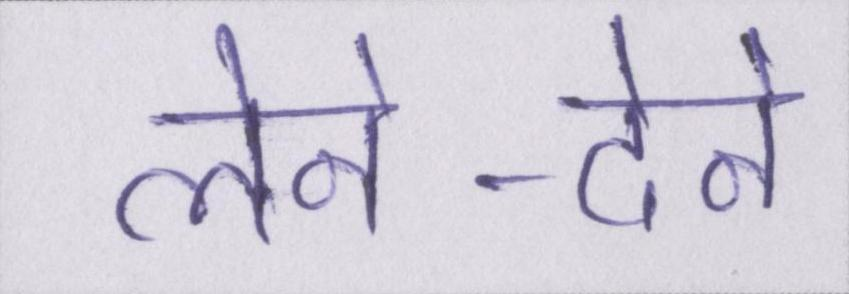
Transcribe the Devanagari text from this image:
लेने-देने